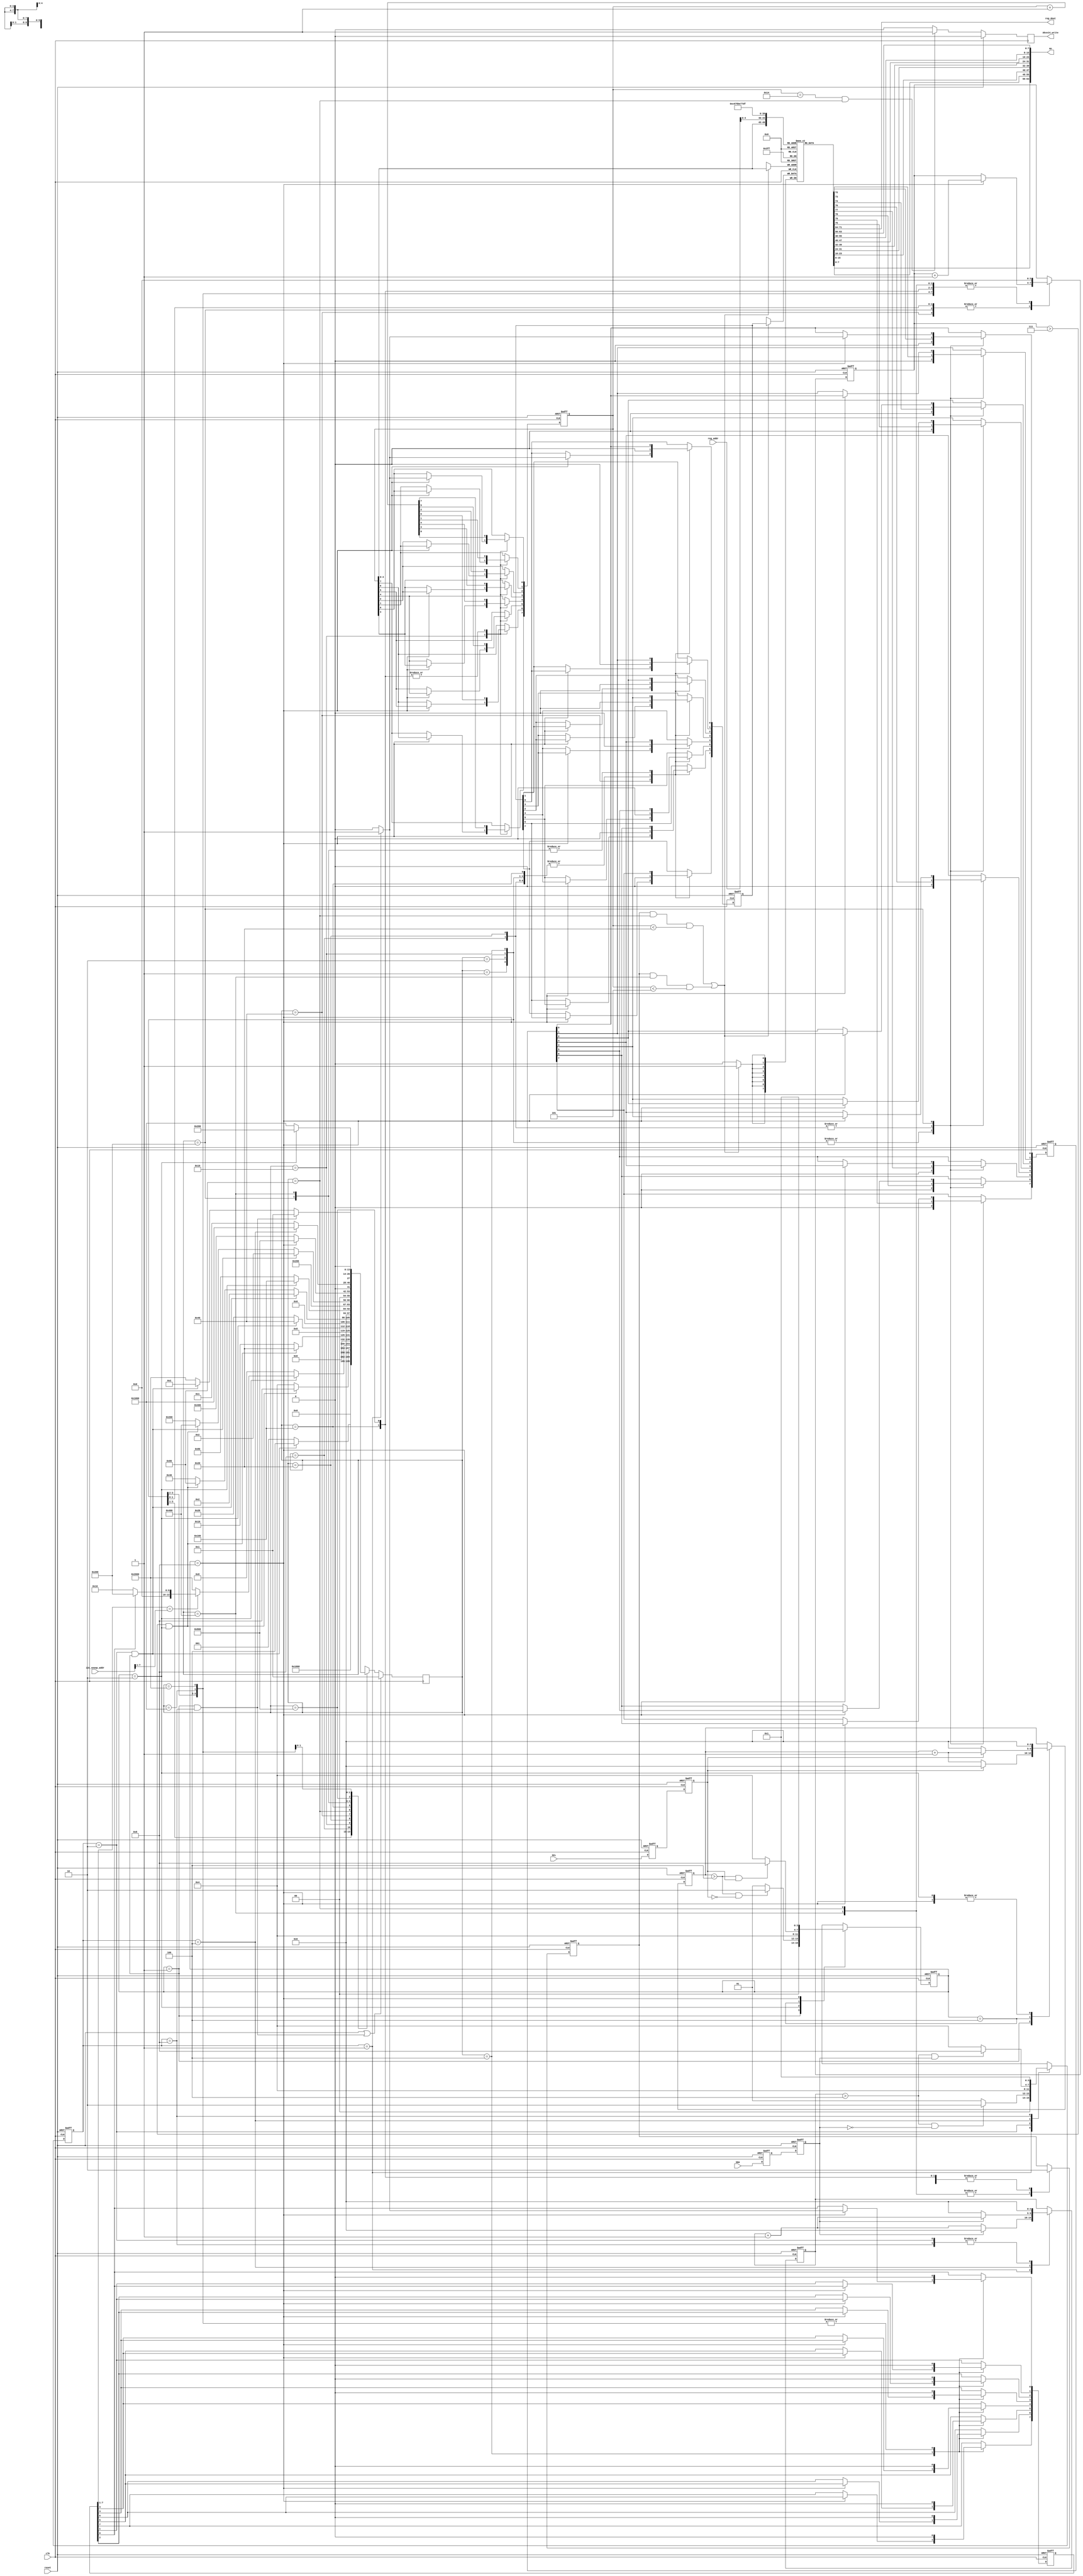
module i2c_snoop ( // HDCP snooper
		  // external host interface
		  input wire   SCL,      // the SCL pin state
		  input wire   SDA,

		  input wire   clk,     // internal FPGA clock
		  input wire   reset,   // internal FPGA reset
		  // i2c configuration
		  input wire [7:0] i2c_snoop_addr,

		  // internal slave interface to read snooped register
		  input wire [7:0] reg_addr,
		  output wire [7:0] reg_dout,

		  output wire [63:0] An,   // An (applies only to HDCP snooper)
		  output reg Aksv14_write  // strobes on last byte of Aksv write (triggers Auth)
		  );

   /////// I2C physical layer components
   /// SDA is stable when SCL is high.
   /// If SDA moves while SCL is high, this is considered a start or stop condition.
   ///
   /// Otherwise, SDA can move around when SCL is low (this is where we suppress bits or 
   /// overdrive as needed). SDA is a wired-AND bus, so you only "drive" zero.
   ///
   /// In an oversampled implementation, a rising and falling edge de-glitcher is needed
   /// for SCL and SDA.
   ///

   // rise fall time cycles computation:
   // At 400kHz operation, 2.5us is a cycle. "chatter" from transition should be about
   // 5% of total cycle time max (just rule of thumb), so 0.125us should be the equiv
   // number of cycles.
   // For the demo board, a 25 MHz clock is provided, and 0.125us ~ 4 cycles
   // At 100kHz operation, 10us is a cycle, so 0.5us ~ 12 cycles
   parameter TRF_CYCLES = 5'd4;  // number of cycles for rise/fall time
   
   ////////////////
   ///// protocol-level state machine
   ////////////////
   parameter I2C_START     = 14'b1 << 0; // should only pass through this state for one cycle
   parameter I2C_RESTART   = 14'b1 << 1;
   parameter I2C_DADDR     = 14'b1 << 2;
   parameter I2C_ACK_DADDR = 14'b1 << 3;
   parameter I2C_ADDR      = 14'b1 << 4;
   parameter I2C_ACK_ADDR  = 14'b1 << 5;
   parameter I2C_WR_DATA   = 14'b1 << 6;
   parameter I2C_ACK_WR    = 14'b1 << 7;
   parameter I2C_END_WR    = 14'b1 << 8;
   parameter I2C_RD_DATA   = 14'b1 << 9;
   parameter I2C_ACK_RD    = 14'b1 << 10;
   parameter I2C_END_RD    = 14'b1 << 11;
   parameter I2C_END_RD2   = 14'b1 << 12;
   parameter I2C_WAITSTOP  = 14'b1 << 13;
   
   parameter I2C_nSTATES = 14;

   reg [(I2C_nSTATES-1):0]     I2C_cstate = {{(I2C_nSTATES-1){1'b0}}, 1'b1};  //current and next states
   reg [(I2C_nSTATES-1):0]     I2C_nstate;

//`define SIMULATION  
`ifdef SIMULATION
   // synthesis translate_off
   reg [8*20:1] 	                 I2C_state_ascii = "I2C_START          ";
   always @(I2C_cstate) begin
      if      (I2C_cstate == I2C_START)     I2C_state_ascii <= "I2C_START          ";
      else if (I2C_cstate == I2C_RESTART)   I2C_state_ascii <= "I2C_RESTART        ";
      else if (I2C_cstate == I2C_DADDR)     I2C_state_ascii <= "I2C_DADDR          ";
      else if (I2C_cstate == I2C_ACK_DADDR) I2C_state_ascii <= "I2C_ACK_DADDR      ";
      else if (I2C_cstate == I2C_ADDR)      I2C_state_ascii <= "I2C_ADDR           ";
      else if (I2C_cstate == I2C_ACK_ADDR)  I2C_state_ascii <= "I2C_ACK_ADDR       ";
      else if (I2C_cstate == I2C_WR_DATA)   I2C_state_ascii <= "I2C_WR_DATA        ";
      else if (I2C_cstate == I2C_ACK_WR)    I2C_state_ascii <= "I2C_ACK_WR         ";
      else if (I2C_cstate == I2C_END_WR)    I2C_state_ascii <= "I2C_END_WR         ";
      else if (I2C_cstate == I2C_RD_DATA)   I2C_state_ascii <= "I2C_RD_DATA        ";
      else if (I2C_cstate == I2C_ACK_RD)    I2C_state_ascii <= "I2C_ACK_RD         ";
      else if (I2C_cstate == I2C_END_RD)    I2C_state_ascii <= "I2C_END_RD         ";
      else if (I2C_cstate == I2C_END_RD2)   I2C_state_ascii <= "I2C_END_RD2        ";
      else if (I2C_cstate == I2C_WAITSTOP)  I2C_state_ascii <= "I2C_WAITSTOP       ";
      else I2C_state_ascii                          <= "WTF                ";
   end
   // synthesis translate_on
`endif
   
   reg [3:0] 		       I2C_bitcnt;
   reg [7:0] 		       I2C_addr;
   reg [7:0] 		       I2C_daddr;
   reg [7:0] 		       I2C_wdata;
   reg [7:0] 		       I2C_rdata;
   reg 			       I2C_reg_update;

   always @ (posedge clk) begin
      if (reset || ((SCL_cstate == SCL_HIGH) && (SDA_cstate == SDA_RISE))) // stop condition always resets
	I2C_cstate <= I2C_START; 
      else
	I2C_cstate <=#1 I2C_nstate;
   end

   always @ (*) begin
      case (I2C_cstate) //synthesis parallel_case full_case
	I2C_START: begin // wait for the start condition
	   I2C_nstate = ((SDA_cstate == SDA_FALL) && (SCL_cstate == SCL_HIGH)) ? I2C_DADDR : I2C_START;
	end
	I2C_RESTART: begin // repeated start moves immediately to DADDR
	   I2C_nstate = I2C_DADDR;
	end
	I2C_DADDR: begin // 8 bits to get the address
	   I2C_nstate = ((I2C_bitcnt > 4'h7) && (SCL_cstate == SCL_FALL)) ? I2C_ACK_DADDR : I2C_DADDR;
	end
	I2C_ACK_DADDR: begin // depending upon W/R bit state, go to one of two branches
	   I2C_nstate = (SCL_cstate == SCL_FALL) ?
			(I2C_daddr[7:1] == i2c_snoop_addr[7:1]) ?
			(I2C_daddr[0] == 1'b0 ? I2C_ADDR : I2C_RD_DATA) :
			I2C_WAITSTOP : // !I2C_daddr match
			I2C_ACK_DADDR; // !SCL_FALL
	end

	// device address branch
	I2C_ADDR: begin
	   I2C_nstate = ((I2C_bitcnt > 4'h7) && (SCL_cstate == SCL_FALL)) ? I2C_ACK_ADDR : I2C_ADDR;
	end
	I2C_ACK_ADDR: begin
	   I2C_nstate = (SCL_cstate == SCL_FALL) ? I2C_WR_DATA : I2C_ACK_ADDR;
	end
	
	// write branch
	I2C_WR_DATA: begin // 8 bits to get the write data
	   I2C_nstate = ((SDA_cstate == SDA_FALL) && (SCL_cstate == SCL_HIGH)) ? I2C_RESTART : // repeated start
			((I2C_bitcnt > 4'h7) && (SCL_cstate == SCL_FALL)) ? I2C_ACK_WR : I2C_WR_DATA;
	end
	I2C_ACK_WR: begin // trigger the ack response (pull SDA low until next falling edge)
	   // and stay in this state until the next falling edge of SCL
	   I2C_nstate = (SCL_cstate == SCL_FALL) ? I2C_END_WR : I2C_ACK_WR;
	end
	I2C_END_WR: begin // one-cycle state to update address+1, reset SDA pulldown
	   I2C_nstate = I2C_WR_DATA; // SCL is now low
	end

	// read branch
	I2C_RD_DATA: begin // 8 bits to get the read data
	   I2C_nstate = ((SDA_cstate == SDA_FALL) && (SCL_cstate == SCL_HIGH)) ? I2C_RESTART : // repeated start
			((I2C_bitcnt > 4'h7) && (SCL_cstate == SCL_FALL)) ? I2C_ACK_RD : I2C_RD_DATA;
	end
	I2C_ACK_RD: begin // wait for an (n)ack response
	   // need to sample (n)ack on a rising edge
	   I2C_nstate = (SCL_cstate == SCL_RISE) ? I2C_END_RD : I2C_ACK_RD;
	end
	I2C_END_RD: begin // if nack, just go to start state (don't explicitly check stop event)
	   // single cycle state for adr+1 update
	   I2C_nstate = (SDA_cstate == SDA_LOW) ? I2C_END_RD2 : I2C_START;
	end
	I2C_END_RD2: begin // before entering I2C_RD_DATA, we need to have seen a falling edge.
	   I2C_nstate = (SCL_cstate == SCL_FALL) ? I2C_RD_DATA : I2C_END_RD2;
	end

	// we're not the addressed device, so we just idle until we see a stop
	I2C_WAITSTOP: begin
	   I2C_nstate = (((SCL_cstate == SCL_HIGH) && (SDA_cstate == SDA_RISE))) ? // stop
			I2C_START : 
			(((SCL_cstate == SCL_HIGH) && (SDA_cstate == SDA_FALL))) ? // or start
			I2C_RESTART :
			I2C_WAITSTOP;
	end
      endcase // case (cstate)
   end

   always @ (posedge clk or posedge reset) begin
      if( reset ) begin
	 I2C_bitcnt <=#1 4'b0;
	 I2C_daddr <=#1 8'b0;
	 I2C_wdata <=#1 8'b0;
	 I2C_reg_update <=#1 1'b0;
	 I2C_rdata <=#1 8'b0;
	 I2C_addr <=#1 8'b0; // this persists across transactions
      end else begin
	 case (I2C_cstate) // synthesis parallel_case full_case
	   I2C_START: begin // everything in reset
	      I2C_bitcnt <=#1 4'b0;
	      I2C_daddr <=#1 8'b0;
	      I2C_wdata <=#1 8'b0;
	      I2C_rdata <=#1 8'b0;
	      I2C_reg_update <=#1 1'b0;
	      I2C_addr <=#1 I2C_addr;
	   end

	   I2C_RESTART: begin
	      I2C_bitcnt <=#1 4'b0;
	      I2C_daddr <=#1 8'b0;
	      I2C_wdata <=#1 8'b0;
	      I2C_rdata <=#1 8'b0;
	      I2C_reg_update <=#1 1'b0;
	      I2C_addr <=#1 I2C_addr;
	   end

	   // get my i2c device address (am I being talked to?)
	   I2C_DADDR: begin // shift in the address on rising edges of clock
	      if( SCL_cstate == SCL_RISE ) begin
		 I2C_bitcnt <=#1 I2C_bitcnt + 4'b1;
		 I2C_daddr[7] <=#1 I2C_daddr[6];
		 I2C_daddr[6] <=#1 I2C_daddr[5];
		 I2C_daddr[5] <=#1 I2C_daddr[4];
		 I2C_daddr[4] <=#1 I2C_daddr[3];
		 I2C_daddr[3] <=#1 I2C_daddr[2];
		 I2C_daddr[2] <=#1 I2C_daddr[1];
		 I2C_daddr[1] <=#1 I2C_daddr[0];
		 I2C_daddr[0] <=#1 (SDA_cstate == SDA_HIGH) ? 1'b1 : 1'b0;
	      end else begin // we're oversampled so we need a hold-state gutter
		 I2C_bitcnt <=#1 I2C_bitcnt;
		 I2C_daddr <=#1 I2C_daddr;
	      end // else: !if( SCL_cstate == SCL_RISE )
	      I2C_wdata <=#1 8'b0;
	      I2C_rdata <=#1 8'b0;
	      I2C_reg_update <=#1 1'b0;
	      I2C_addr <=#1 I2C_addr;
	   end // case: I2C_DADDR
	   I2C_ACK_DADDR: begin
	      I2C_daddr <=#1 I2C_daddr;
	      I2C_bitcnt <=#1 4'b0;
	      I2C_wdata <=#1 8'b0;
	      I2C_rdata <=#1 I2C_regread_async;
	      I2C_reg_update <=#1 1'b0;
	      I2C_addr <=#1 I2C_addr;
	   end

	   // get my i2c "write" address (what we want to access inside me)
	   I2C_ADDR: begin
	      if( SCL_cstate == SCL_RISE ) begin
		 I2C_bitcnt <=#1 I2C_bitcnt + 4'b1;
		 I2C_addr[7] <=#1 I2C_addr[6];
		 I2C_addr[6] <=#1 I2C_addr[5];
		 I2C_addr[5] <=#1 I2C_addr[4];
		 I2C_addr[4] <=#1 I2C_addr[3];
		 I2C_addr[3] <=#1 I2C_addr[2];
		 I2C_addr[2] <=#1 I2C_addr[1];
		 I2C_addr[1] <=#1 I2C_addr[0];
		 I2C_addr[0] <=#1 (SDA_cstate == SDA_HIGH) ? 1'b1 : 1'b0;
	      end else begin // we're oversampled so we need a hold-state gutter
		 I2C_bitcnt <=#1 I2C_bitcnt;
		 I2C_addr <=#1 I2C_addr;
	      end // else: !if( SCL_cstate == SCL_RISE )
	      I2C_wdata <=#1 8'b0;
	      I2C_rdata <=#1 8'b0;
	      I2C_reg_update <=#1 1'b0;
	      I2C_daddr <=#1 I2C_daddr;
	   end // case: I2C_ADDR
	   I2C_ACK_ADDR: begin
	      I2C_daddr <=#1 I2C_daddr;
	      I2C_bitcnt <=#1 4'b0;
	      I2C_wdata <=#1 8'b0;
	      I2C_rdata <=#1 I2C_regread_async; // update my read data here
	      I2C_reg_update <=#1 1'b0;
	      I2C_addr <=#1 I2C_addr;
	   end
	   
	   
	   // write branch
	   I2C_WR_DATA: begin // shift in data on rising edges of clock
	      if( SCL_cstate == SCL_RISE ) begin
		 I2C_bitcnt <=#1 I2C_bitcnt + 4'b1;
		 I2C_wdata[7] <=#1 I2C_wdata[6];
		 I2C_wdata[6] <=#1 I2C_wdata[5];
		 I2C_wdata[5] <=#1 I2C_wdata[4];
		 I2C_wdata[4] <=#1 I2C_wdata[3];
		 I2C_wdata[3] <=#1 I2C_wdata[2];
		 I2C_wdata[2] <=#1 I2C_wdata[1];
		 I2C_wdata[1] <=#1 I2C_wdata[0];
		 I2C_wdata[0] <=#1 (SDA_cstate == SDA_HIGH) ? 1'b1 : 1'b0;
	      end else begin
		 I2C_bitcnt <=#1 I2C_bitcnt; // hold state gutter
		 I2C_wdata <=#1 I2C_wdata;
	      end // else: !if( SCL_cstate == SCL_RISE )
	      I2C_daddr <=#1 I2C_daddr;
	      I2C_reg_update <=#1 1'b0;
	      I2C_rdata <=#1 I2C_rdata;
	      I2C_addr <=#1 I2C_addr;
	   end // case: I2C_WR_DATA
	   I2C_ACK_WR: begin
	      I2C_daddr <=#1 I2C_daddr;
	      I2C_bitcnt <=#1 4'b0;
	      I2C_wdata <=#1 I2C_wdata;
	      I2C_reg_update <=#1 1'b1;  // write the data now (over and over again while in state)
	      I2C_rdata <=#1 I2C_rdata;
	      I2C_addr <=#1 I2C_addr;
	   end
	   I2C_END_WR: begin
	      I2C_addr <=#1 I2C_addr + 8'b1; // this is a one-cycle state so this is safe
	      I2C_bitcnt <=#1 4'b0;
	      I2C_wdata <=#1 8'b0;
	      I2C_rdata <=#1 I2C_rdata;
	      I2C_reg_update <=#1 1'b0;
	      I2C_daddr <=#1 I2C_daddr;
	   end

	   // read branch
	   I2C_RD_DATA: begin // shift out data on falling edges of clock
	      if( SCL_cstate == SCL_RISE ) begin
		 I2C_bitcnt <=#1 I2C_bitcnt + 4'b1;
		 
		 I2C_rdata[7] <=#1 I2C_rdata[6];
		 I2C_rdata[6] <=#1 I2C_rdata[5];
		 I2C_rdata[5] <=#1 I2C_rdata[4];
		 I2C_rdata[4] <=#1 I2C_rdata[3];
		 I2C_rdata[3] <=#1 I2C_rdata[2];
		 I2C_rdata[2] <=#1 I2C_rdata[1];
		 I2C_rdata[1] <=#1 I2C_rdata[0];
		 I2C_rdata[0] <=#1 (SDA_cstate == SDA_HIGH) ? 1'b1 : 1'b0;
	      end else begin
		 I2C_bitcnt <=#1 I2C_bitcnt; // hold state gutter
		 I2C_rdata <=#1 I2C_rdata;
	      end
	      I2C_daddr <=#1 I2C_daddr;
	      I2C_reg_update <=#1 1'b0;
	      I2C_wdata <=#1 I2C_rdata; // push rdata to wdata
	      I2C_addr <=#1 I2C_addr;
	   end // case: I2C_RD_DATA
	   I2C_ACK_RD: begin
	      I2C_daddr <=#1 I2C_daddr;
	      I2C_bitcnt <=#1 4'b0;
	      I2C_rdata <=#1 I2C_rdata;
	      I2C_reg_update <=#1 1'b1; // commit reads even to our internal bank
	      I2C_wdata <=#1 I2C_rdata; // push rdata to wdata
	      I2C_addr <=#1 I2C_addr;
	   end
	   I2C_END_RD: begin
	      I2C_addr <=#1 I2C_addr + 8'b1; // this is a one-cycle state so this is safe
	      I2C_bitcnt <=#1 4'b0;
	      I2C_rdata <=#1 I2C_rdata;
	      I2C_reg_update <=#1 1'b0;
	      I2C_wdata <=#1 I2C_wdata;
	      I2C_daddr <=#1 I2C_daddr;
	   end
	   I2C_END_RD2: begin
	      I2C_daddr <=#1 8'b0;
	      I2C_bitcnt <=#1 4'b0;
	      I2C_rdata <=#1 I2C_rdata;
	      I2C_reg_update <=#1 1'b0;
	      I2C_wdata <=#1 I2C_wdata;
	      I2C_addr <=#1 I2C_addr;
	   end

	   I2C_WAITSTOP: begin
	      I2C_daddr <=#1 8'b0;
	      I2C_bitcnt <=#1 4'b0;
	      I2C_rdata <=#1 I2C_rdata;
	      I2C_reg_update <=#1 1'b0;
	      I2C_wdata <=#1 I2C_wdata;
	      I2C_addr <=#1 I2C_addr;
	   end
	 endcase // case (cstate)
      end // else: !if( reset )
   end // always @ (posedge clk or posedge reset)

   always @(posedge clk) begin
      if( reset ) begin
	 Aksv14_write <=#1 1'b0;
      end else begin     
	 if( (I2C_addr == 8'h14) && (I2C_cstate == I2C_ACK_WR ) ) begin
	    Aksv14_write <=#1 1'b1;
	 end else begin
	    Aksv14_write <=#1 1'b0;
	 end
      end
   end // always @ (posedge clk)

   ////////////////
   ///// register bank management
   ////////////////
   parameter RAM_WIDTH = 8;
   parameter RAM_ADDR_BITS = 5; // note parameter width exception in An[*] assign block below
   
   (* RAM_STYLE="{AUTO | DISTRIBUTED | PIPE_DISTRIBUTED}" *)
   reg [RAM_WIDTH-1:0] I2C_regblock [(2**RAM_ADDR_BITS)-1:0];
   wire [RAM_WIDTH-1:0] I2C_regread_async;

   wire [RAM_ADDR_BITS-1:0] I2C_ramaddr;

   reg 		       wr_stb_d;

   always @(posedge clk) begin
      // added bounds check to avoid overwriting Ksv if other sections of HDCP area is checked
      if ((I2C_reg_update && (I2C_cstate == I2C_ACK_WR) && (I2C_addr[7:0] < 8'h20)) ||
	  (I2C_reg_update && (I2C_cstate == I2C_ACK_RD) && (I2C_addr[7:0] < 8'h5)) ) begin 
	 // this should be multiple cycles
         I2C_regblock[I2C_ramaddr] <= I2C_wdata;
      end
   end

   assign I2C_regread_async = I2C_regblock[I2C_ramaddr];
   assign reg_dout = I2C_regblock[reg_addr[RAM_ADDR_BITS-1:0]];
   
   assign I2C_ramaddr = I2C_addr[RAM_ADDR_BITS-1:0];

   assign An[7:0] = I2C_regblock[5'h18];
   assign An[15:8] = I2C_regblock[5'h19];
   assign An[23:16] = I2C_regblock[5'h1a];
   assign An[31:24] = I2C_regblock[5'h1b];
   assign An[39:32] = I2C_regblock[5'h1c];
   assign An[47:40] = I2C_regblock[5'h1d];
   assign An[55:48] = I2C_regblock[5'h1e];
   assign An[63:56] = I2C_regblock[5'h1f];
   
   ////////////////
   ///// SCL low-level sampling state machine
   ////////////////
   parameter SCL_HIGH = 4'b1 << 0; // should only pass through this state for one cycle
   parameter SCL_FALL = 4'b1 << 1;
   parameter SCL_LOW  = 4'b1 << 2;
   parameter SCL_RISE = 4'b1 << 3;
   parameter SCL_nSTATES = 4;

   reg [(SCL_nSTATES-1):0]     SCL_cstate = {{(SCL_nSTATES-1){1'b0}}, 1'b1};  //current and next states
   reg [(SCL_nSTATES-1):0]     SCL_nstate;

//`define SIMULATION  
`ifdef SIMULATION
   // synthesis translate_off
   reg [8*20:1] 	                 SCL_state_ascii = "SCL_HIGH           ";

   always @(SCL_cstate) begin
      if      (SCL_cstate == SCL_HIGH)     SCL_state_ascii <= "SCL_HIGH           ";
      else if (SCL_cstate == SCL_FALL)     SCL_state_ascii <= "SCL_FALL           ";
      else if (SCL_cstate == SCL_LOW )     SCL_state_ascii <= "SCL_LOW            ";
      else if (SCL_cstate == SCL_RISE)     SCL_state_ascii <= "SCL_RISE           ";
      else SCL_state_ascii                                 <= "WTF                ";
   end
   // synthesis translate_on
`endif

   reg [4:0] 		       SCL_rfcnt;
   reg 			       SCL_s, SCL_sync;
   reg 			       SDA_s, SDA_sync;

   always @ (posedge clk or posedge reset) begin
      if (reset)
	SCL_cstate <= SCL_HIGH; // always start here even if it's wrong -- easier to test
      else
	SCL_cstate <=#1 SCL_nstate;
   end

   always @ (*) begin
      case (SCL_cstate) //synthesis parallel_case full_case
	SCL_HIGH: begin
	   SCL_nstate = ((SCL_rfcnt > TRF_CYCLES) && (SCL_sync == 1'b0)) ? SCL_FALL : SCL_HIGH;
	end
	SCL_FALL: begin
	   SCL_nstate = SCL_LOW;
	end
	SCL_LOW: begin
	   SCL_nstate = ((SCL_rfcnt > TRF_CYCLES) && (SCL_sync == 1'b1)) ? SCL_RISE : SCL_LOW;
	end
	SCL_RISE: begin
	   SCL_nstate = SCL_HIGH;
	end
      endcase // case (cstate)
   end // always @ (*)

   always @ (posedge clk or posedge reset) begin
      if( reset ) begin
	 SCL_rfcnt <=#1 5'b0;
      end else begin
	 case (SCL_cstate) // synthesis parallel_case full_case
	   SCL_HIGH: begin
	      if( SCL_sync == 1'b1 ) begin
		 SCL_rfcnt <=#1 5'b0;
	      end else begin
		 SCL_rfcnt <=#1 SCL_rfcnt + 5'b1;
	      end
	   end
	   SCL_FALL: begin
	      SCL_rfcnt <=#1 5'b0;
	   end
	   SCL_LOW: begin
	      if( SCL_sync == 1'b0 ) begin
		 SCL_rfcnt <=#1 5'b0;
	      end else begin
		 SCL_rfcnt <=#1 SCL_rfcnt + 5'b1;
	      end
	   end
	   SCL_RISE: begin
	      SCL_rfcnt <=#1 5'b0;
	   end
	 endcase // case (cstate)
      end // else: !if( reset )
   end // always @ (posedge clk or posedge reset)


   ////////////////
   ///// SDA low-level sampling state machine
   ////////////////
   parameter SDA_HIGH = 4'b1 << 0; // should only pass through this state for one cycle
   parameter SDA_FALL = 4'b1 << 1;
   parameter SDA_LOW  = 4'b1 << 2;
   parameter SDA_RISE = 4'b1 << 3;
   parameter SDA_nSTATES = 4;

   reg [(SDA_nSTATES-1):0]     SDA_cstate = {{(SDA_nSTATES-1){1'b0}}, 1'b1};  //current and next states
   reg [(SDA_nSTATES-1):0]     SDA_nstate;

//`define SIMULATION  
`ifdef SIMULATION
   // synthesis translate_off
   reg [8*20:1] 	                 SDA_state_ascii = "SDA_HIGH           ";

   always @(SDA_cstate) begin
      if      (SDA_cstate == SDA_HIGH)     SDA_state_ascii <= "SDA_HIGH           ";
      else if (SDA_cstate == SDA_FALL)     SDA_state_ascii <= "SDA_FALL           ";
      else if (SDA_cstate == SDA_LOW )     SDA_state_ascii <= "SDA_LOW            ";
      else if (SDA_cstate == SDA_RISE)     SDA_state_ascii <= "SDA_RISE           ";
      else SDA_state_ascii                                 <= "WTF                ";
   end
   // synthesis translate_on
`endif

   reg [4:0] 		       SDA_rfcnt;

   always @ (posedge clk or posedge reset) begin
      if (reset)
	SDA_cstate <= SDA_HIGH; // always start here even if it's wrong -- easier to test
      else
	SDA_cstate <=#1 SDA_nstate;
   end

   always @ (*) begin
      case (SDA_cstate) //synthesis parallel_case full_case
	SDA_HIGH: begin
	   SDA_nstate = ((SDA_rfcnt > TRF_CYCLES) && (SDA_sync == 1'b0)) ? SDA_FALL : SDA_HIGH;
	end
	SDA_FALL: begin
	   SDA_nstate = SDA_LOW;
	end
	SDA_LOW: begin
	   SDA_nstate = ((SDA_rfcnt > TRF_CYCLES) && (SDA_sync == 1'b1)) ? SDA_RISE : SDA_LOW;
	end
	SDA_RISE: begin
	   SDA_nstate = SDA_HIGH;
	end
      endcase // case (cstate)
   end // always @ (*)

   always @ (posedge clk or posedge reset) begin
      if( reset ) begin
	 SDA_rfcnt <=#1 5'b0;
      end else begin
	 case (SDA_cstate) // synthesis parallel_case full_case
	   SDA_HIGH: begin
	      if( SDA_sync == 1'b1 ) begin
		 SDA_rfcnt <=#1 5'b0;
	      end else begin
		 SDA_rfcnt <=#1 SDA_rfcnt + 5'b1;
	      end
	   end
	   SDA_FALL: begin
	      SDA_rfcnt <=#1 5'b0;
	   end
	   SDA_LOW: begin
	      if( SDA_sync == 1'b0 ) begin
		 SDA_rfcnt <=#1 5'b0;
	      end else begin
		 SDA_rfcnt <=#1 SDA_rfcnt + 5'b1;
	      end
	   end
	   SDA_RISE: begin
	      SDA_rfcnt <=#1 5'b0;
	   end
	 endcase // case (cstate)
      end // else: !if( reset )
   end // always @ (posedge clk or posedge reset)

   
   
   /////////////////////
   /////// synchronizers
   /////////////////////
   always @ (posedge clk or posedge reset) begin
      if (reset) begin
	 SCL_s <= 0;
	 SCL_sync <= 0;
	 SDA_s <= 0;
	 SDA_sync <= 0;
      end else begin
	 SCL_s <= SCL;
	 SCL_sync <= SCL_s;
	 SDA_s <= SDA;
	 SDA_sync <= SDA_s;
      end // else: !if(reset)
   end // always @ (posedge clk or posedge reset)
   
endmodule